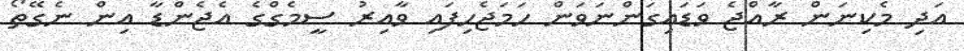
އަދި މެކިނަން ރާއްޖެ ވަޑައިގަންނަވަން ހަމަޖެހިފައި ވާއިރު ސީމެގްގެ އެޖެންޑާ އިން ނެގޭތޯ